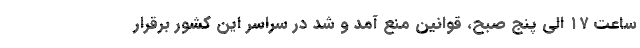
ساعت ۱۷ الی پنج صبح، قوانین منع آمد و شد در سراسر این کشور برقرار